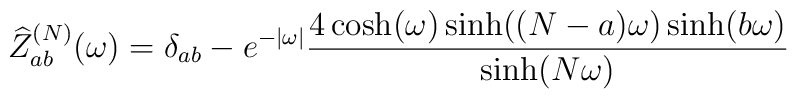
\widehat{Z}^{(N)}_{ab}(\omega)= \delta_{ab}-e^{-|\omega|}\frac{4\cosh(\omega)\sinh((N-a)\omega)\sinh(b\omega)}{\sinh(N\omega)}